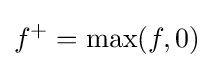
f^{+}=\operatorname {max} (f,0)